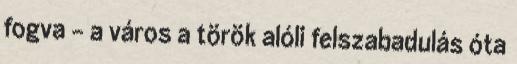
fogva - a város a török alóli felszabadulás óta